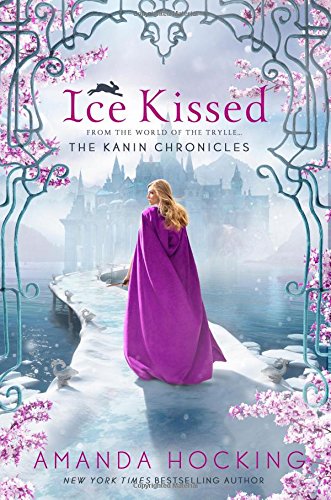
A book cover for Ice Kissed (The Kanin Chronicles); Amanda Hocking; Teen & Young Adult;